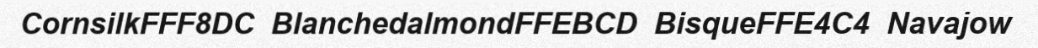
CornsilkFFF8DC  BlanchedalmondFFEBCD  BisqueFFE4C4  Navajow